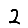
Digit: 2